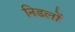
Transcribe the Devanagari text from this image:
निडलों